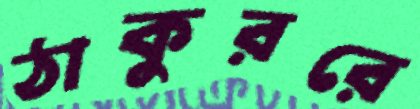
ঠাকুররে